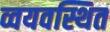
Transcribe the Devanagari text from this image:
व्वयवस्थित